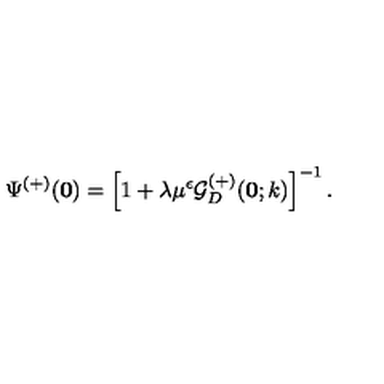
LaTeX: \Psi ^ { ( + ) } ( { \bf 0 } ) = \left[ 1 + \lambda \mu ^ { \epsilon } { \mathcal G } _ { { D } } ^ { ( + ) } ( { \bf 0 } ; k ) \right] ^ { - 1 } .